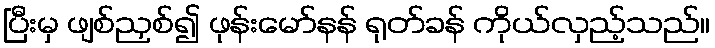
ပြီးမှ ဖျစ်ညှစ်၍ ဖုန်းမော်နန် ရုတ်ခန် ကိုယ်လှည့်သည်။